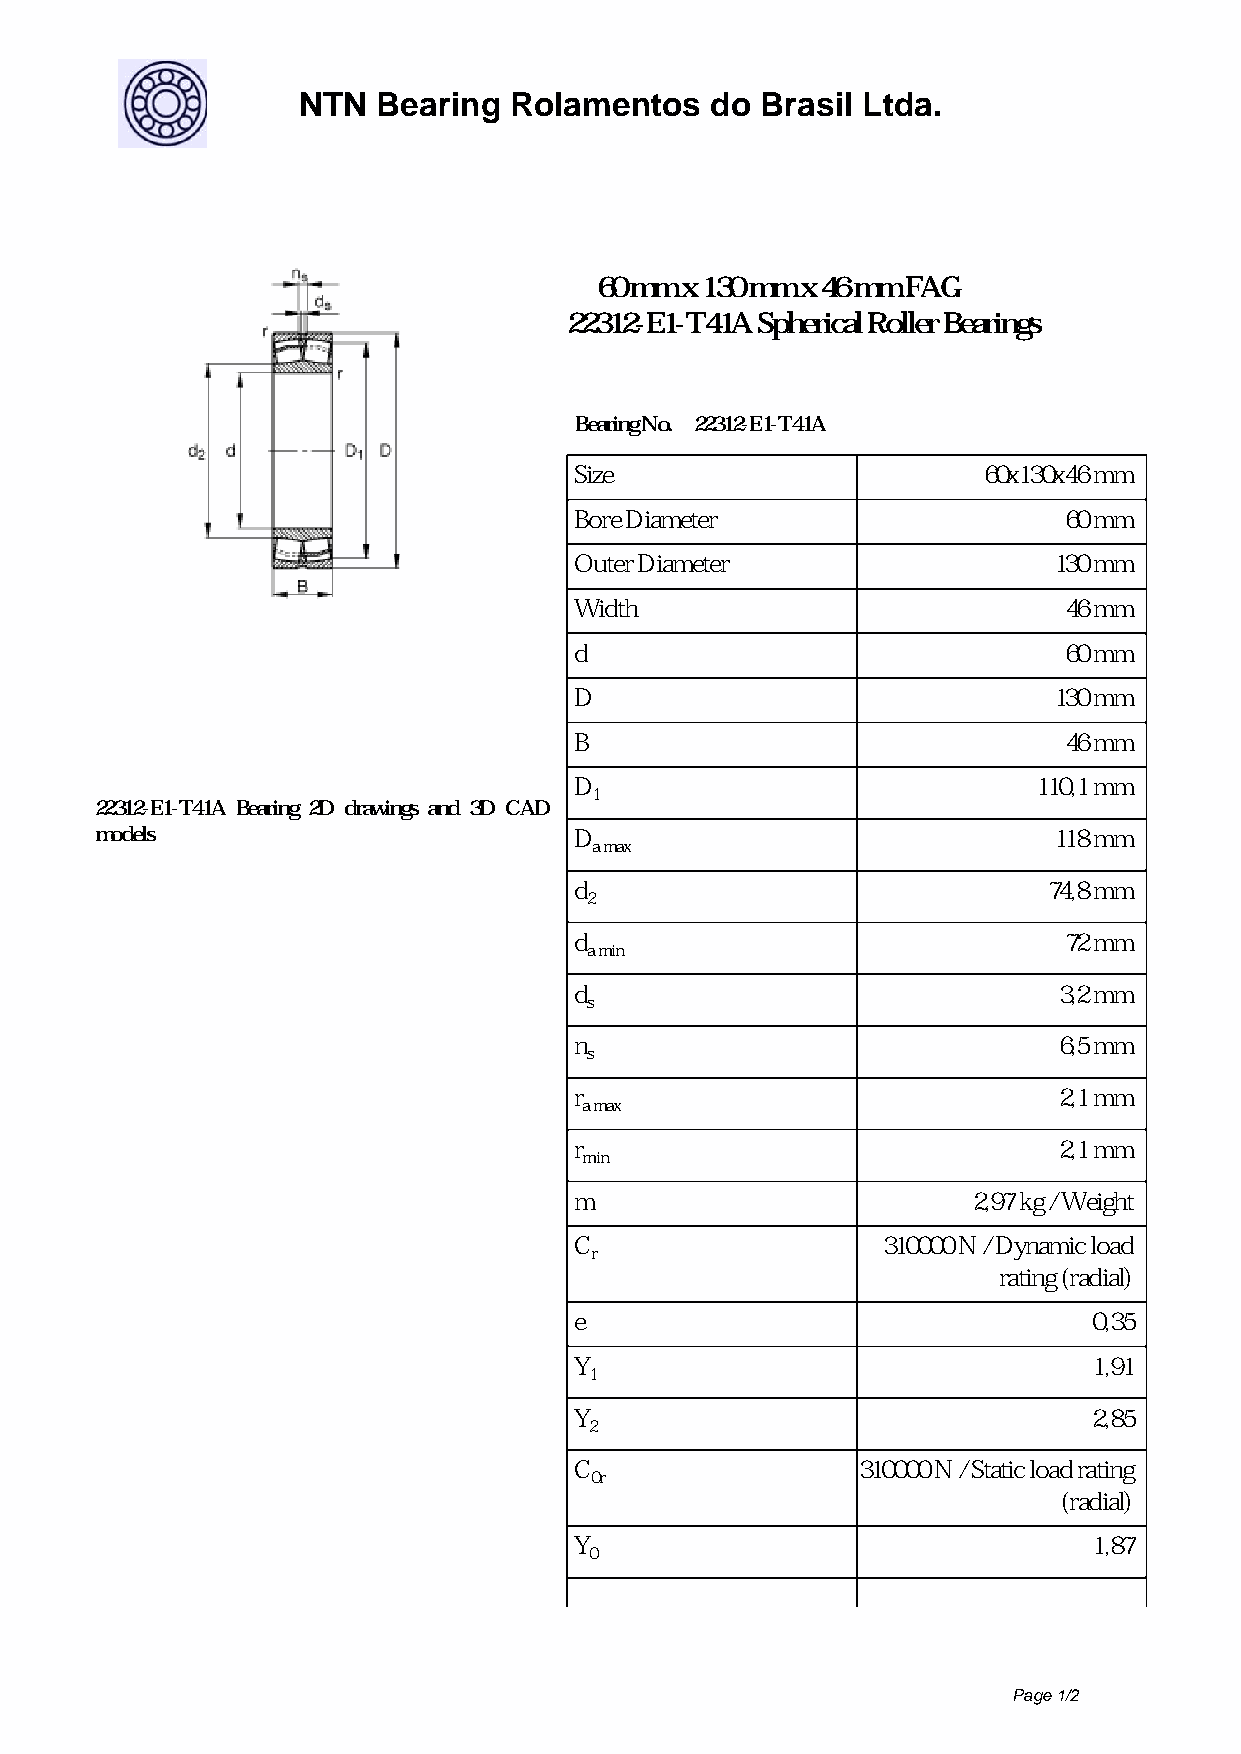
NTN  Bearing  Rolamentos   do Brasil Ltda.
 60 mm x 130 mm x 46 mm FAG
 22312-E1-T41A Spherical Roller Bearings
 Bearing No. 22312-E1-T41A
 Size                       60x130x46 mm
 Bore Diameter                   60 mm
 Outer Diameter                  130 mm
 Width                           46 mm
 d                               60 mm
 D                               130 mm
 B                               46 mm
 D                              110,1 mm
 1
 22312-E1-T41A Bearing 2D drawings and 3D CAD
 models                          D                               118 mm
 a max
 d                              74,8 mm
 2
 d                               72 mm
 a min
 d                               3,2 mm
 s
 n                               6,5 mm
 s
 r                               2,1 mm
 a max
 r                               2,1 mm
 min
 m                         2,97 kg / Weight
 C                   310000 N / Dynamic load
 r
 rating (radial)
 e                                 0,35
 Y                                 1,91
 1
 Y                                 2,85
 2
 C                  310000 N / Static load rating
 0r
 (radial)
 Y                                 1,87
 0
 Page 1/2